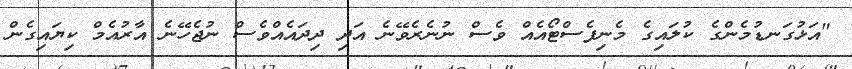
"އަޅުގަނޑުމެންގެ ކުލައިގެ މެނިފެސްޓޯއެއް ވެސް ނުނެރެވޭނެ އަދި ދިދައެއްވެސް ނުޖެހޭނެ އާރުއެމް ކިޔައިގެން